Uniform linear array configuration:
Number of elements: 16
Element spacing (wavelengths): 1
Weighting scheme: hann
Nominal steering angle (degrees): -30
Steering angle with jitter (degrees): -31.375
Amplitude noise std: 0.05
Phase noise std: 0.05

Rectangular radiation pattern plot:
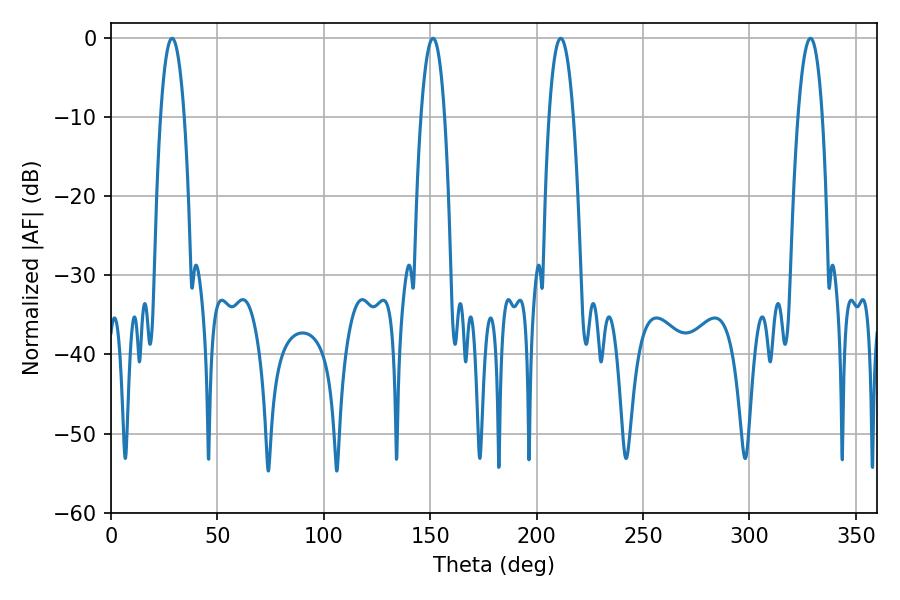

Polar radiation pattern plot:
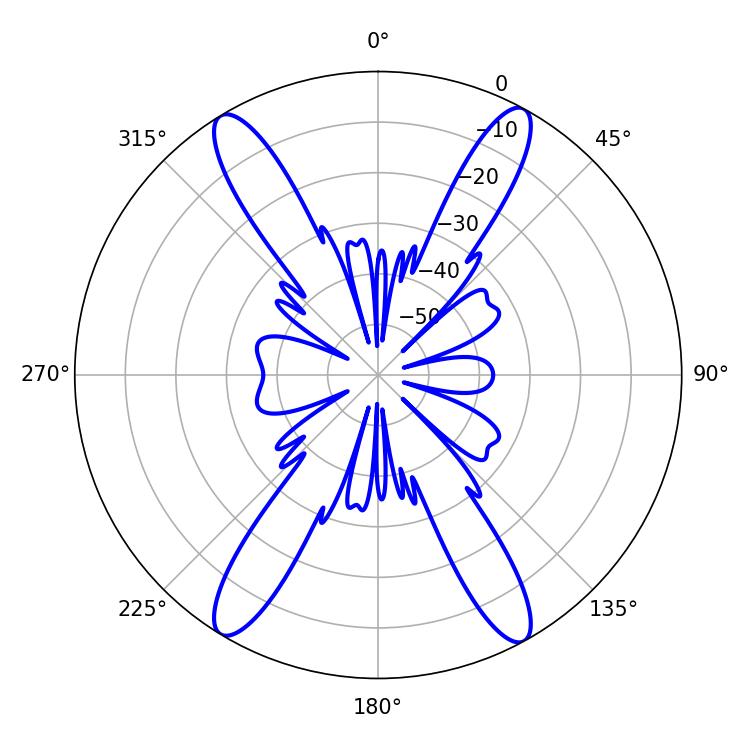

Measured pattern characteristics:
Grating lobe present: TRUE
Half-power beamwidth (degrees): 6.3
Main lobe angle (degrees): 211.32